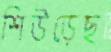
শিউড়েছ